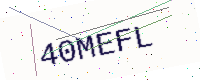
Text: 40MEFL